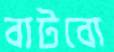
বাটবো